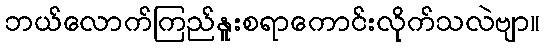
ဘယ်လောက်ကြည်နူးစရာကောင်းလိုက်သလဲဗျာ။